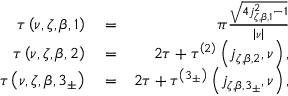
\begin{array} { r l r } { \tau \left( \nu , \zeta , \beta , 1 \right) } & { { } = } & { \pi \frac { \sqrt { 4 j _ { \zeta , \beta , 1 } ^ { 2 } - 1 } } { \left\vert \nu \right\vert } } \\ { \tau \left( \nu , \zeta , \beta , 2 \right) } & { { } = } & { 2 \tau + \tau ^ { \left( 2 \right) } \left( j _ { \zeta , \beta , 2 } , \nu \right) , } \\ { \tau \left( \nu , \zeta , \beta , 3 _ { \pm } \right) } & { { } = } & { 2 \tau + \tau ^ { \left( 3 _ { \pm } \right) } \left( j _ { \zeta , \beta , 3 _ { \pm } } , \nu \right) , } \end{array}